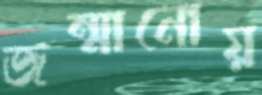
জন্মানোয়